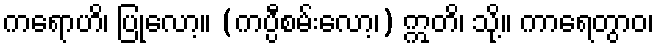
ကရောဟိ၊ ပြုလော့။ (ကပ္ပီစမ်းလော့၊) ဣတိ၊ သို့။ ကာရေတွာဝ၊